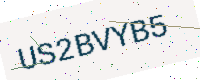
Text: US2BVYB5